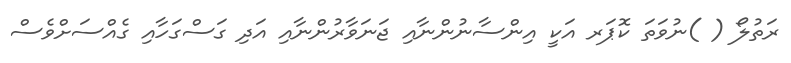
ރަތުލޯ ( )ނުވަތަ ކޮޕަރ އަކީ އިންސާނުންނާއި ޖަނަވާރުންނާއި އަދި ގަސްގަހާއި ގެއްސަށްވެސް